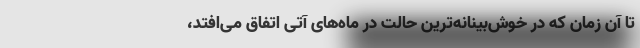
تا آن زمان که در خوش‌بینانه‌ترین حالت در ماه‌های آتی اتفاق می‌افتد،